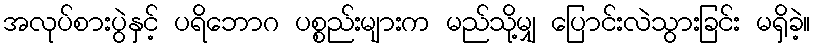
အလုပ်စားပွဲနှင့် ပရိဘောဂ ပစ္စည်းများက မည်သို့မျှ ပြောင်းလဲသွားခြင်း မရှိခဲ့။